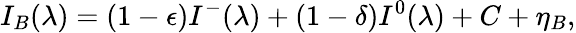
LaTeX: I_{B}(\lambda)=(1-\epsilon)I^{-}(\lambda)+(1-\delta)I^{0}(\lambda)+C+\eta_{B},